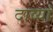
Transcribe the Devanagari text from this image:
दाव्यां